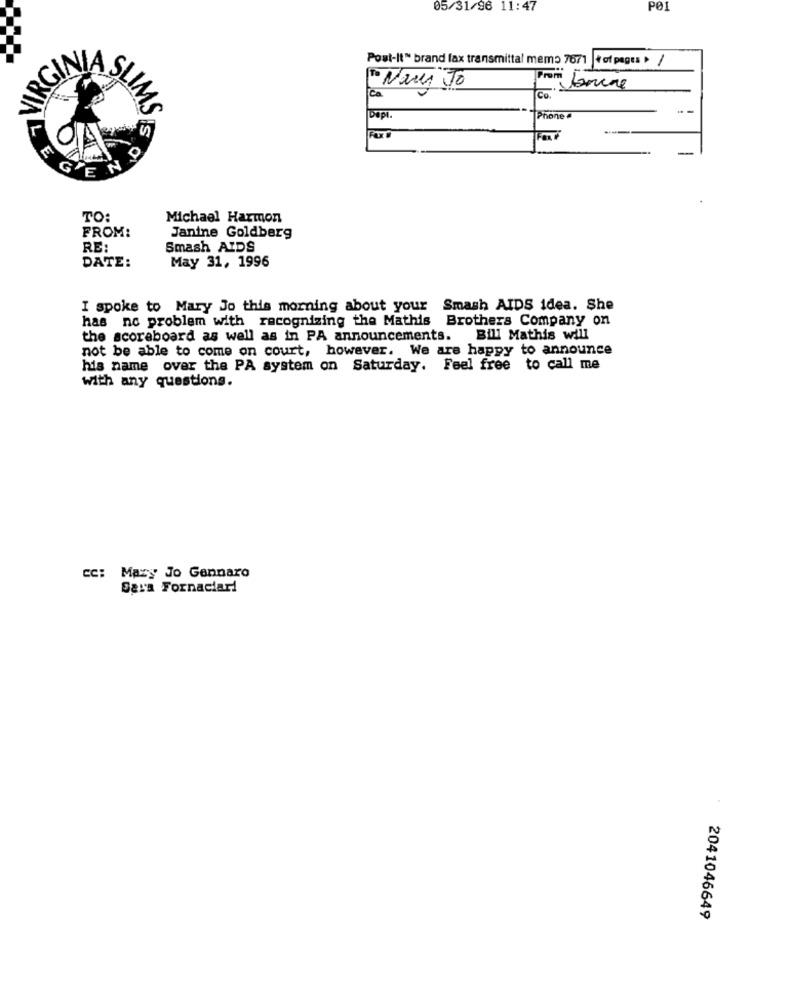
05/31/96 11:47
POI
Post-It" brand fax transmittal memo 7671 | +of pages . /
From bancae
ca
Co.
SLIMS
Phone
GEN
TO:
Michael Harmon
FROM:
Janine Goldberg
RE:
Smash AIDS
DATE:
May 31, 1996
I spoke to Mary Jo this morning about your Smash AIDS idea. She
has no problem with recognizing the Mathis Brothers Company on
the scoreboard as well as in PA announcements. Bill Mathis will
not be able to come on court, however. We are happy to announce
his name over the PA system on Saturday. Feel free to call me
With any questions.
cc: Mary Jo Gennaro
Sara Fornaciari
2041046649